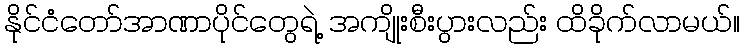
နိုင်ငံတော်အာဏာပိုင်တွေရဲ့ အကျိုးစီးပွားလည်း ထိခိုက်လာမယ်။